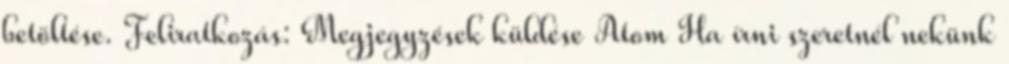
betöltése. Feliratkozás: Megjegyzések küldése Atom Ha írni szeretnél nekünk